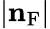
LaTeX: |\mathbf{n}_{\mathrm{F}}|